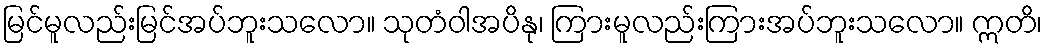
မြင်မူလည်းမြင်အပ်ဘူးသလော။ သုတံဝါအပိနု၊ ကြားမူလည်းကြားအပ်ဘူးသလော။ ဣတိ၊